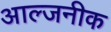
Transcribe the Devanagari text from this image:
आल्जनीक